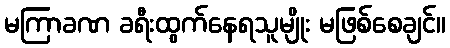
မကြာခဏ ခရီးထွက်နေရသူမျိုး မဖြစ်စေချင်။